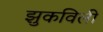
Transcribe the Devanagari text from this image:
झुकविली